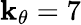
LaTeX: \mathbf{k}_{\theta}=7